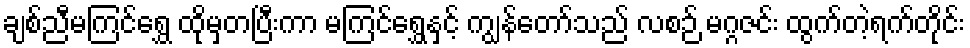
ချစ်ညီမကြင်ရွှေ ထိုမှတပြီးကာ မကြင်ရွှေနှင့် ကျွန်တော်သည် လစဉ် မဂ္ဂဇင်း ထွက်တဲ့ရက်တိုင်း